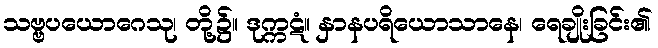
သဗ္ဗပယောဂေသု၊ တို့၌။ ဒုက္ကဋံ။ နှာနပရိယောသာနေ၊ ရေချိုးခြင်း၏